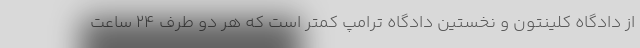
از دادگاه کلینتون و نخستین دادگاه ترامپ کمتر است که هر دو طرف ۲۴ ساعت